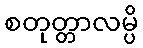
စတုတ္တာလမ္ပိ